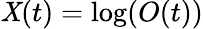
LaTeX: \mathit{X}(t)=\log({O(t)})